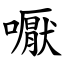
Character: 嚈